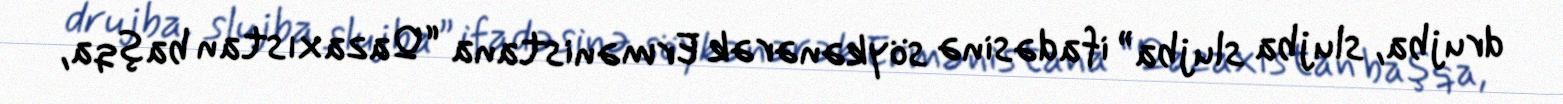
drujba, slujba slujba” ifadəsinə söykənərək Ermənistana “Qazaxıstan başqa,